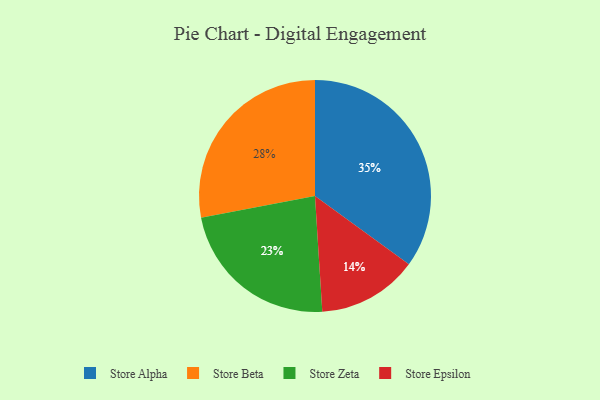
{"axis": {"x": "Category", "y": "Percentage"}, "legend": ["Store Alpha", "Store Beta", "Store Epsilon", "Store Zeta"], "data": [{"x": "Store Epsilon", "y": 14, "type": "Store Epsilon"}, {"x": "Store Alpha", "y": 35, "type": "Store Alpha"}, {"x": "Store Beta", "y": 28, "type": "Store Beta"}, {"x": "Store Zeta", "y": 23, "type": "Store Zeta"}]}